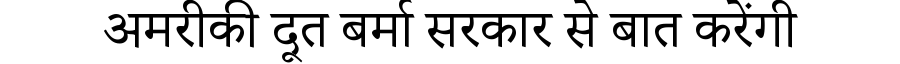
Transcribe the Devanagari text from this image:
अमरीकी दूत बर्मा सरकार से बात करेंगी